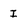
Character: I